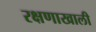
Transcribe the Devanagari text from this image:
रक्षणाखाली